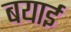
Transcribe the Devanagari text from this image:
बयाई